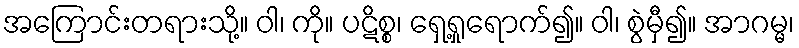
အကြောင်းတရားသို့။ ဝါ၊ ကို။ ပဋိစ္စ၊ ရှေ့ရှုရောက်၍။ ဝါ၊ စွဲမှီ၍။ အာဂမ္မ၊